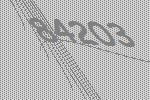
84203